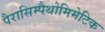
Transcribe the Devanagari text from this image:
पैरासिम्पैथोमिमेटिक